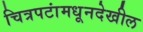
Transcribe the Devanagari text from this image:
चित्रपटांमधूनदेखील